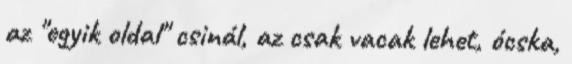
az "egyik oldal" csinál, az csak vacak lehet, ócska,